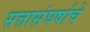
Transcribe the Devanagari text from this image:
सत्तासंघर्षाचे